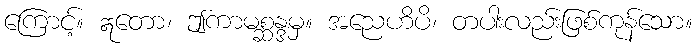
ကြောင့်။ ဣတော၊ ဤကာမစ္ဆန္ဒမှ။ အညေဟိပိ၊ တပါးလည်းဖြစ်ကုန်သော။